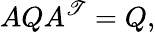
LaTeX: AQA^{\mathscr{T}}=Q,